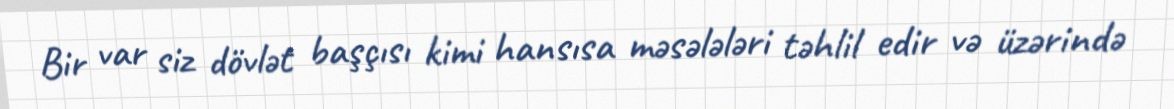
Bir var siz dövlət başçısı kimi hansısa məsələləri təhlil edir və üzərində